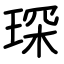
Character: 琛